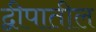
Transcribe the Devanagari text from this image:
द्वीपातील